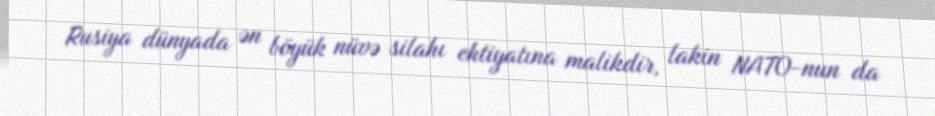
Rusiya dünyada ən böyük nüvə silahı ehtiyatına malikdir, lakin NATO-nun da